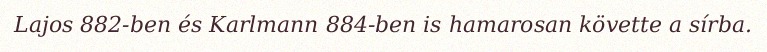
Lajos 882-ben és Karlmann 884-ben is hamarosan követte a sírba.